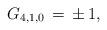
LaTeX: \begin{align*}G_{4,1,0}\,=\,\pm\,1,\end{align*}